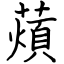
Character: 薠